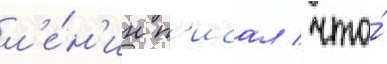
л'е́н'ин п'исал / что́